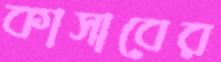
কাসাবের